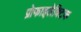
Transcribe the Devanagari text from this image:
प्रोफाइलेक्टिक